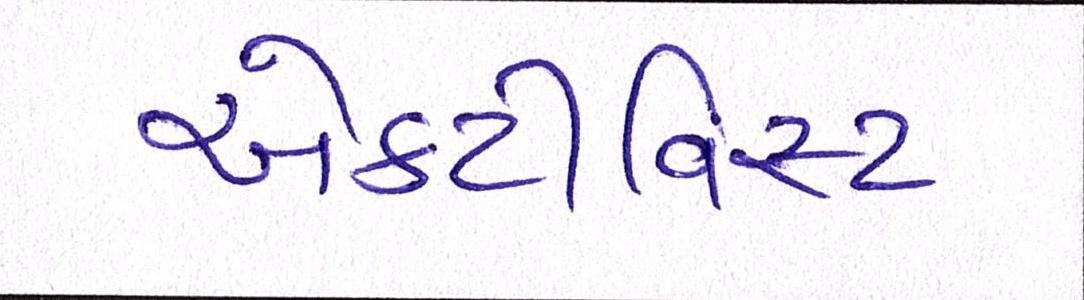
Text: એક્ટીવિસ્ટ